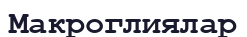
Макроглиялар